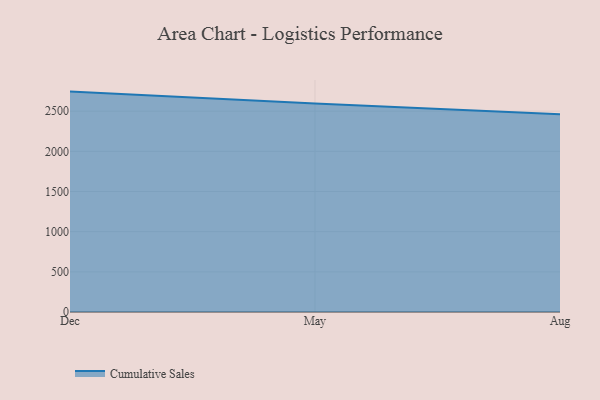
{"axis": {"x": "Month", "y": "Gross Profit (USD K)"}, "legend": ["Cumulative Sales"], "data": [{"x": "Dec", "y": 2743.5, "type": "Cumulative Sales"}, {"x": "May", "y": 2596.2, "type": "Cumulative Sales"}, {"x": "Aug", "y": 2461.2, "type": "Cumulative Sales"}]}